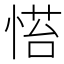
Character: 𢞇